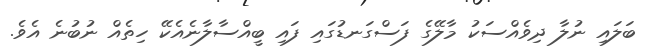
ބަލައި ނުލާ ދިވެއްސަކު މާލޭގެ ފަސްގަނޑުގައި ފައި ބީއްސާލާނެއެކޭ ހިތެއް ނުބުނެ އެވެ.